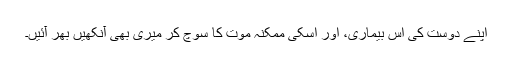
اپنے دوست کی اس بیماری، اور اسکی ممکنہ موت کا سوچ کر میری بھی آنکھیں بھر آئیں۔